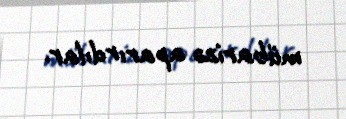
mübarizə aparırdılar.